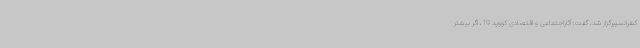
کنفرانسیبرگزار شد، گفت: آثاراجتماعی و اقتصادی کووید 19، اگر بیشتر